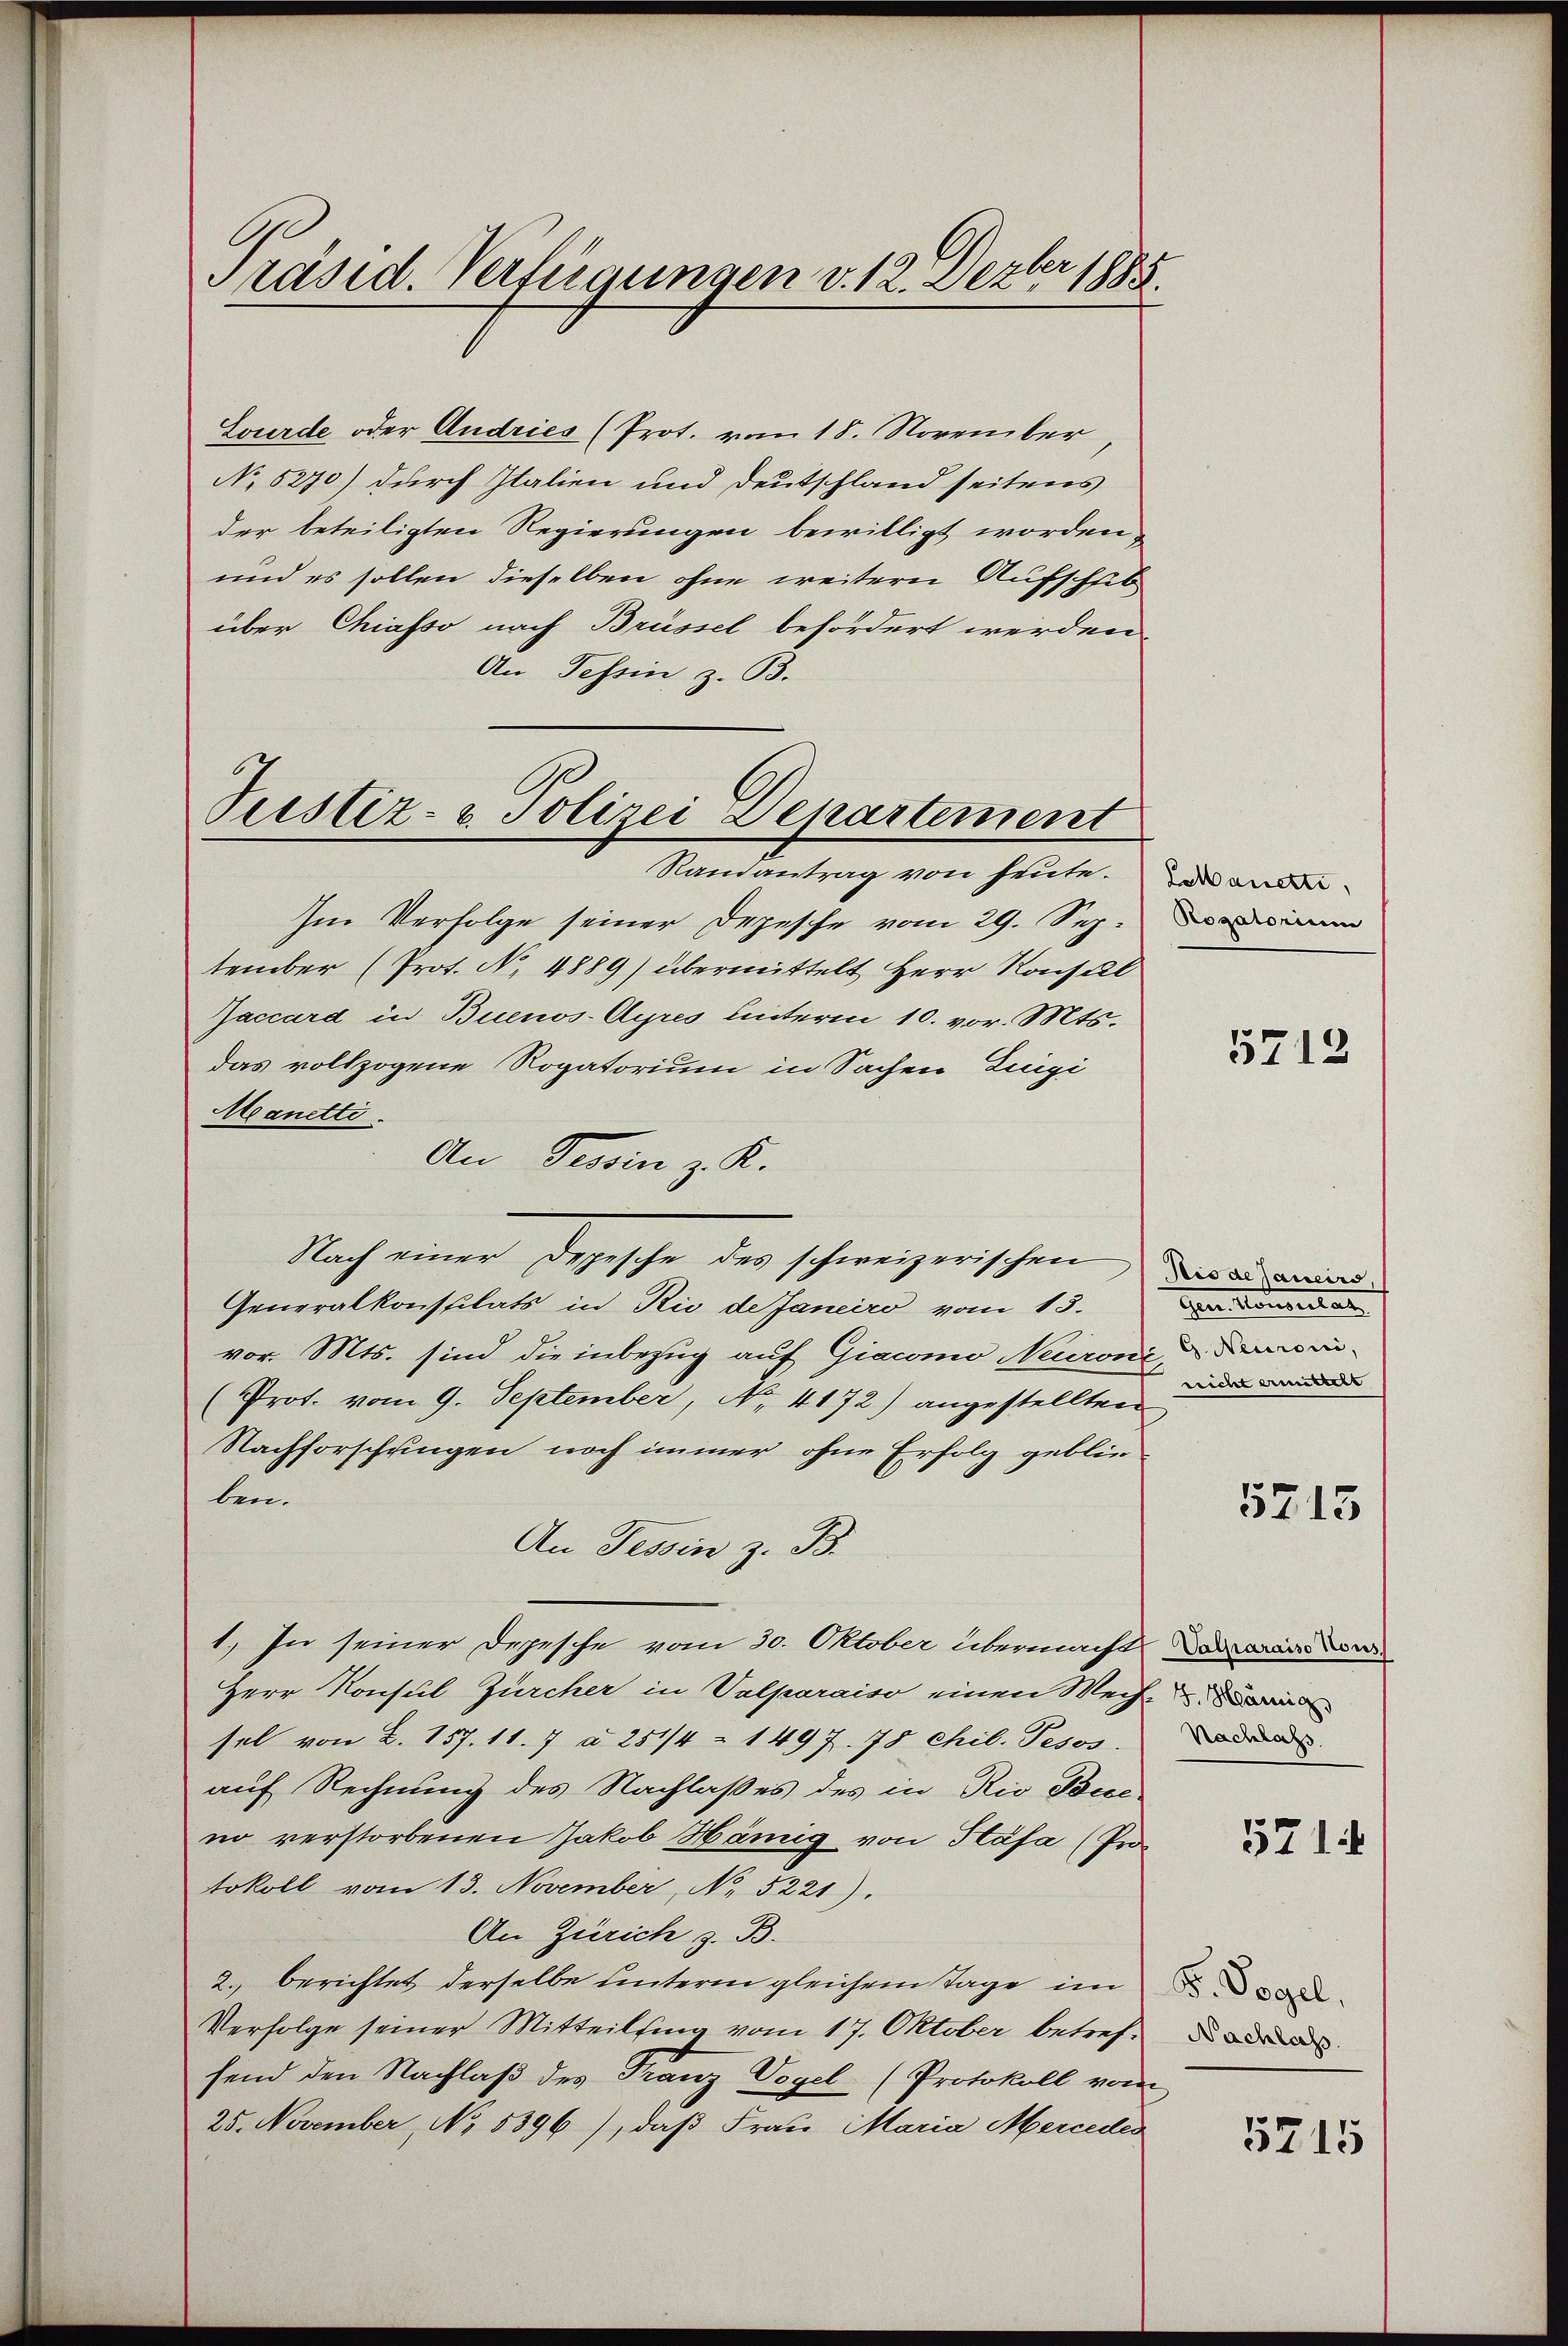
Präsid. Verfügungen v. 12. Dezbr 1885.

Lourde oder Andries (Prot. vom 18. November
No 5270) durch Italien und Deutschland seitens
der beteiligten Regierungen bewilligt worden,
und es sollen dieselben ohne weitern Aufschub
über Chiasso nach Brüssel befördert werden.
An Tessin, z. B.
Randantrag von heute.
Im Verfolge seiner Depesche vom 29. September (Prot. N. 4889) übermittelt Herr Konsul
Jaccard in Buenos-Ayres hinterm 10. vor. Mts.
das vollzogene Rogatorium in Sachen Zingi
Manette.
An Tessin z. K.
Nach einer Depesche des schweizerischen
Generalkonstilats in Rio de Janeiro vom 13.
vor. Mts. sind die inbezug auf Giacomo Neuroni, der¬
(Prot. vom 9. September, No. 4172) angestellten
Nachforschungen noch immer ohne Erfolg geblieben.
An Tessin z. B.
1.) In seiner Depesche vom 30. Oktober übermacht die e
Herr Konsul Zürcher in Valparaiso einen Wech-
sel von Z. 157. 11. 7 à 251/4 - 1497. 78 chil. Pesos.
auf Rechnung des Nachlaßes des in Rio Bueno verstorbenen Jakob Hämig von Stäfa (Protokoll vom 13. November, No 5221).
An Zürich z. B.
2. berichtet derselbe unterm gleichem Tage im
Verfolge seiner Mitteilsing vom 17. Oktober betreffend den Nachlaß des Franz Vogel (Protokoll vom
25. November, No 5396), daß Frau Maria Mercedes

Justiz- & Polizei Departement

Lekanetti,
Rogatorium

5712

Rio dejaneirs,
Gem. Konventar
nricht ermittelt

5715

Nachlass

5714

F. Vogel,
Nachlass.

5715